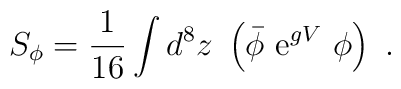
S_\phi=\frac{1}{16}\int d^8z\ \left( {\bar\phi}\ {\mathrm e}^{gV}\ \phi\right)\ .